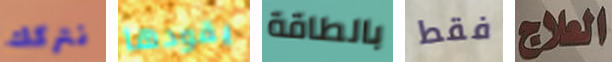
نتركك يقودها بالطاقة فقط العلاج